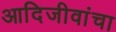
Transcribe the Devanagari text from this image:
आदिजीवांचा